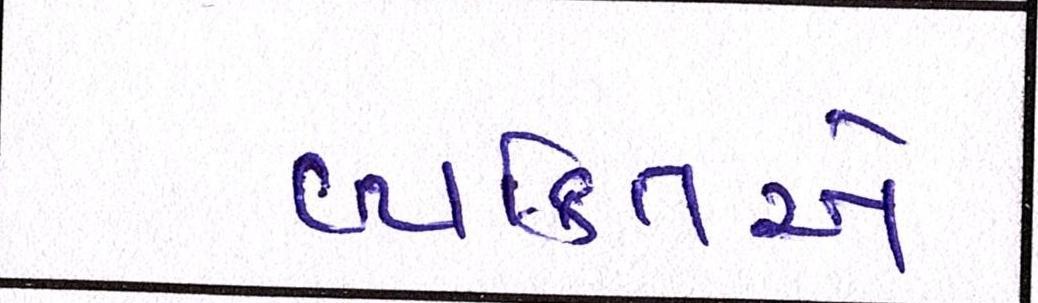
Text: વ્યકિતએ